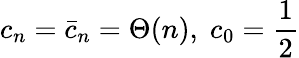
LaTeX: c_{n}=\bar{c}_{n}=\Theta(n),\; c_{0}={\frac{1}{2}}